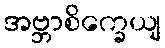
အဗ္ဘာစိက္ခေယျ